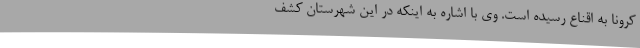
کرونا به اقناع رسیده است. وی با اشاره به اینکه در این شهرستان کشف